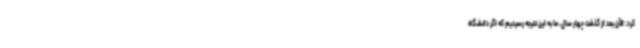
کرد: الآن بعد از گذشت چهار سال، ما به این نتیجه رسیدیم که اگر دانشگاه